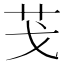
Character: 𦬗